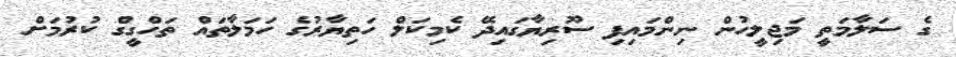
ގެ ސަލާމަތީ މަޖިލީހުން ނިންމައިފި ސޫރިޔާގައިދޭ ކެމިކަލް ހަތިޔާރުގެ ހަމަލާތައް ތަހްގީގް ކުރުމަށް